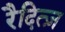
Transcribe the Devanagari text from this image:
रैदित्ज़